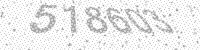
Solution: 518603